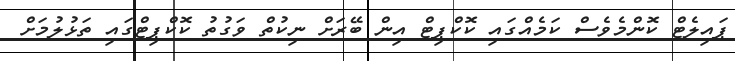
ޕައިލެޓް ކޮންމެވެސް ކަމެއްގައި ކޮކްޕިޓް އިން ބޭރަށް ނިކުތް ވަގުތު ކޮކްޕިޓްގައި ތަޅުލުމަށް